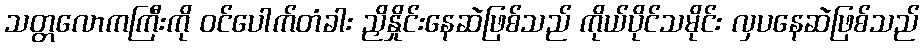
သတ္တလောကကြီးကို ဝင်ပေါက်တံခါး ညှိနှိုင်းနေဆဲဖြစ်သည် ကိုယ်ပိုင်သမိုင်း လှပနေဆဲဖြစ်သည်